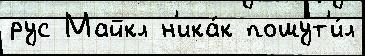
рус Майкл н'ика́к пошут'и́л